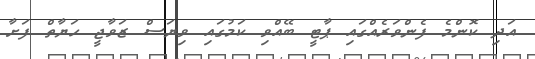
އަދި ކޮންމެ ފެންވަރެއްގައި ޕާޓީ ބޭއްވި ކަމުގައި ވިޔަސް ޒަވާޖީ ހަޔާތް ފަށާ